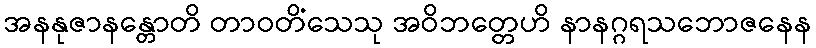
အနနုဇာနန္တောတိ တာဝတိံသေသု အဝိဘတ္တေဟိ နာနဂ္ဂရသဘောဇနေန